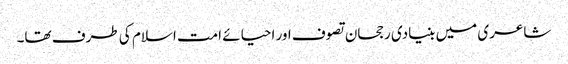
شاعری میں بنیادی رجحان تصوف اور احیائے امت اسلام کی طرف تھا۔